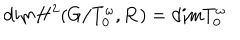
\mathrm { d i m } H ^ { 2 } ( G / T _ { 0 } ^ { \omega } , { \bf R } ) = \mathrm { d i m } T _ { 0 } ^ { \omega }